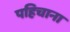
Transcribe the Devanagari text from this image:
पहिचाना